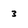
Character: 3